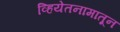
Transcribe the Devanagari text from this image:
व्हियेतनामातून